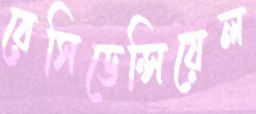
রেসিডেন্সিয়েল